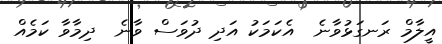
އީލާމް ރަނގަޅުވާނެ  އެކަމަކު އަދި ދުވަސް ވާނެ  ދިމާވާ ކަމެއް